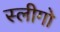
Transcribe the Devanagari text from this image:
स्लीगो